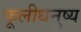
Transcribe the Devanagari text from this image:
फूलीधनुष्य